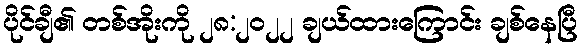
ပိုင်ချီ၏ တစ်အိုးကို ၂၈:၂၀၂၂ ချယ်ထားကြောင်း ချစ်နေပြီ